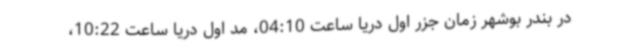
در بندر بوشهر زمان جزر اول دریا ساعت 04:10، مد اول دریا ساعت 10:22،